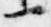
一